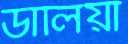
ডালিয়া